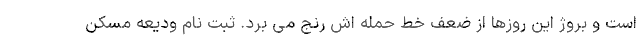
است و بروژ این روزها از ضعف خط حمله اش رنج می برد. ثبت نام ودیعه مسکن